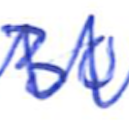
Text: 30
Cross-out: zig-zag
Writing tool: ballpoint